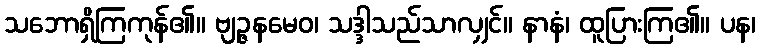
သဘောရှိကြကုန်၏။ ဗျဉ္ဇနမေဝ၊ သဒ္ဒါသည်သာလျှင်။ နာနံ၊ ထူပြားကြ၏။ ပန၊